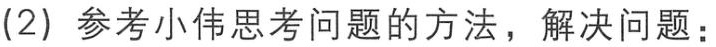
(2) 参考小伟思考问题的方法，解决问题：